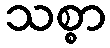
သစ္စာ